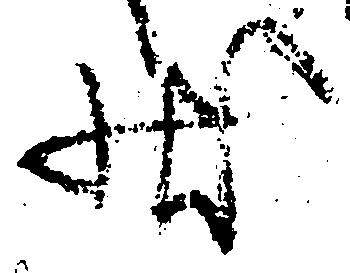
状